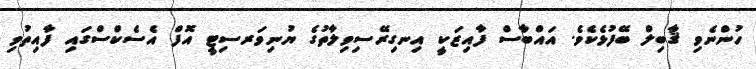
ހުންނެވި ޤާބިލް ބޭފުޅެކެވެ. އައްބާސް ފާއިޒަކީ އިނގިރޭސިވިލާތުގެ ޔުނިވަރސިޓީ އޮފް އެސެކްސްގައި ފާއިތުވި